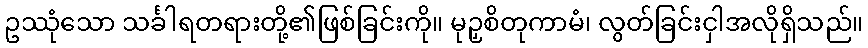
ဥဿုံသော သင်္ခါရတရားတို့၏ဖြစ်ခြင်းကို။ မုဉှစိတုကာမံ၊ လွတ်ခြင်းငှါအလိုရှိသည်။